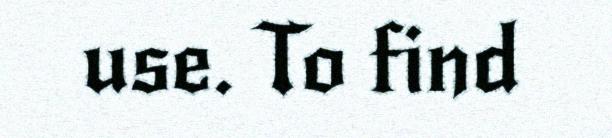
use. To find